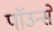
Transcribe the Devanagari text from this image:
पाॅउन्से